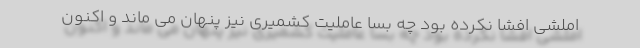
املشی افشا نکرده بود چه بسا عاملیت کشمیری نیز پنهان می ماند و اکنون